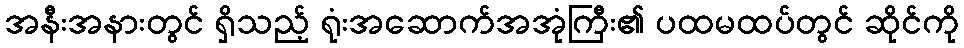
အနီးအနားတွင် ရှိသည့် ရုံးအဆောက်အအုံကြီး၏ ပထမထပ်တွင် ဆိုင်ကို